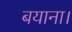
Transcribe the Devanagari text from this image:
बयाना।